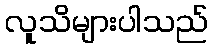
လူသိများပါသည်